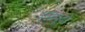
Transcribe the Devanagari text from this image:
इंस्ट्यूटो